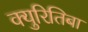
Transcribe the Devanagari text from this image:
क्युरितिबा